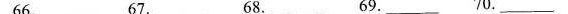
66.___ 67.___ 68.___ 69.___ 70.___